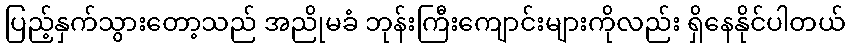
ပြည့်နှက်သွားတော့သည် အညိုမခံ ဘုန်းကြီးကျောင်းများကိုလည်း ရှိနေနိုင်ပါတယ်